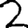
Digit: 2